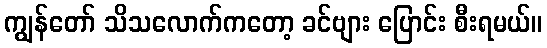
ကျွန်တော် သိသလောက်ကတော့ ခင်ဗျား ပြောင်း စီးရမယ်။